Civil Veterinary Dept. Bombay admin report 1932-41 - 1932-1941
Year: 1932
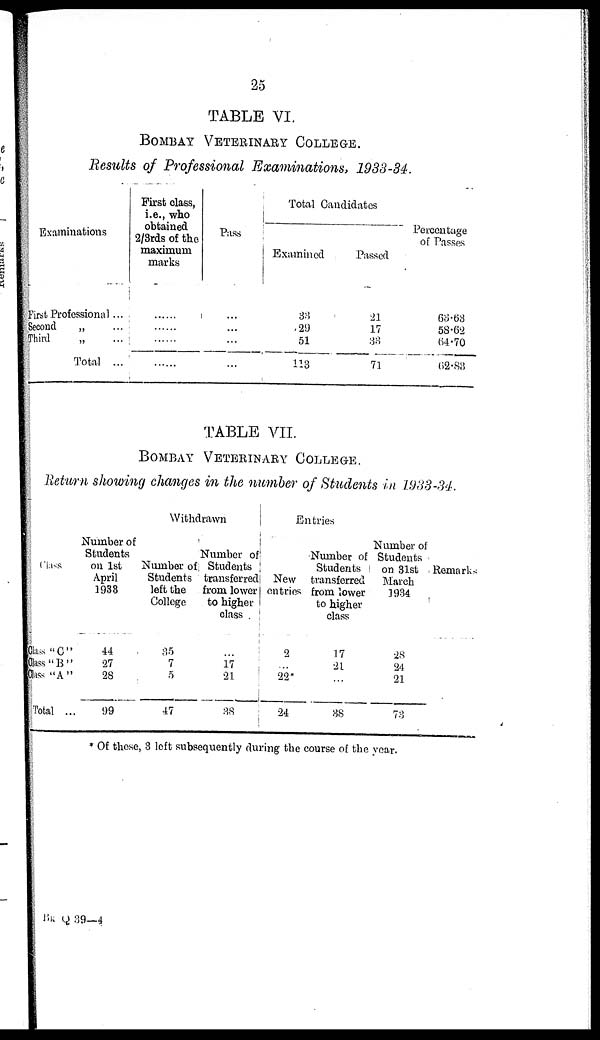
25
TABLE VI.
BOMBAY VETERINARY COLLEGE
Results of Professional Examinations, 1933-34.
Examinations
First Professional ...
Second
„ ...
Third
„ ...
Total ...
First class,
i.e., who
obtained
2/3rds of the
maximum
marks
......
......
......
......
Pass
...
...
...
...
Total Candidates
Examined
33
29
51
113
Passed
21
17
33
71
Percentage
of Passes
63.63
58.62
64.70
62.83
TABLE VII.
BOMBAY VETERINARY COLLEGE.
Return showing changes in the number of Students in 1933-34.
Class
Class "C"
Class "B"
Glass "A"
Total ..
Number of
Students
on 1st
April
1933
44
27
28
99
Withdrawn
Number of
Students
left the
College
35
7
5
47
Number of
Students
transferred
from lower
to higher
class .
...
17
21
38
Entries
New
entries
2
...
22*
24
Number of
Students
transferred
from lower
to higher
class
17
21
...
88
Number of
Students
on 31st Remarks
March
1934
28
24
21
73
* Of these, 3 loft subsequently during the course of the year.
Bk Q 39—4